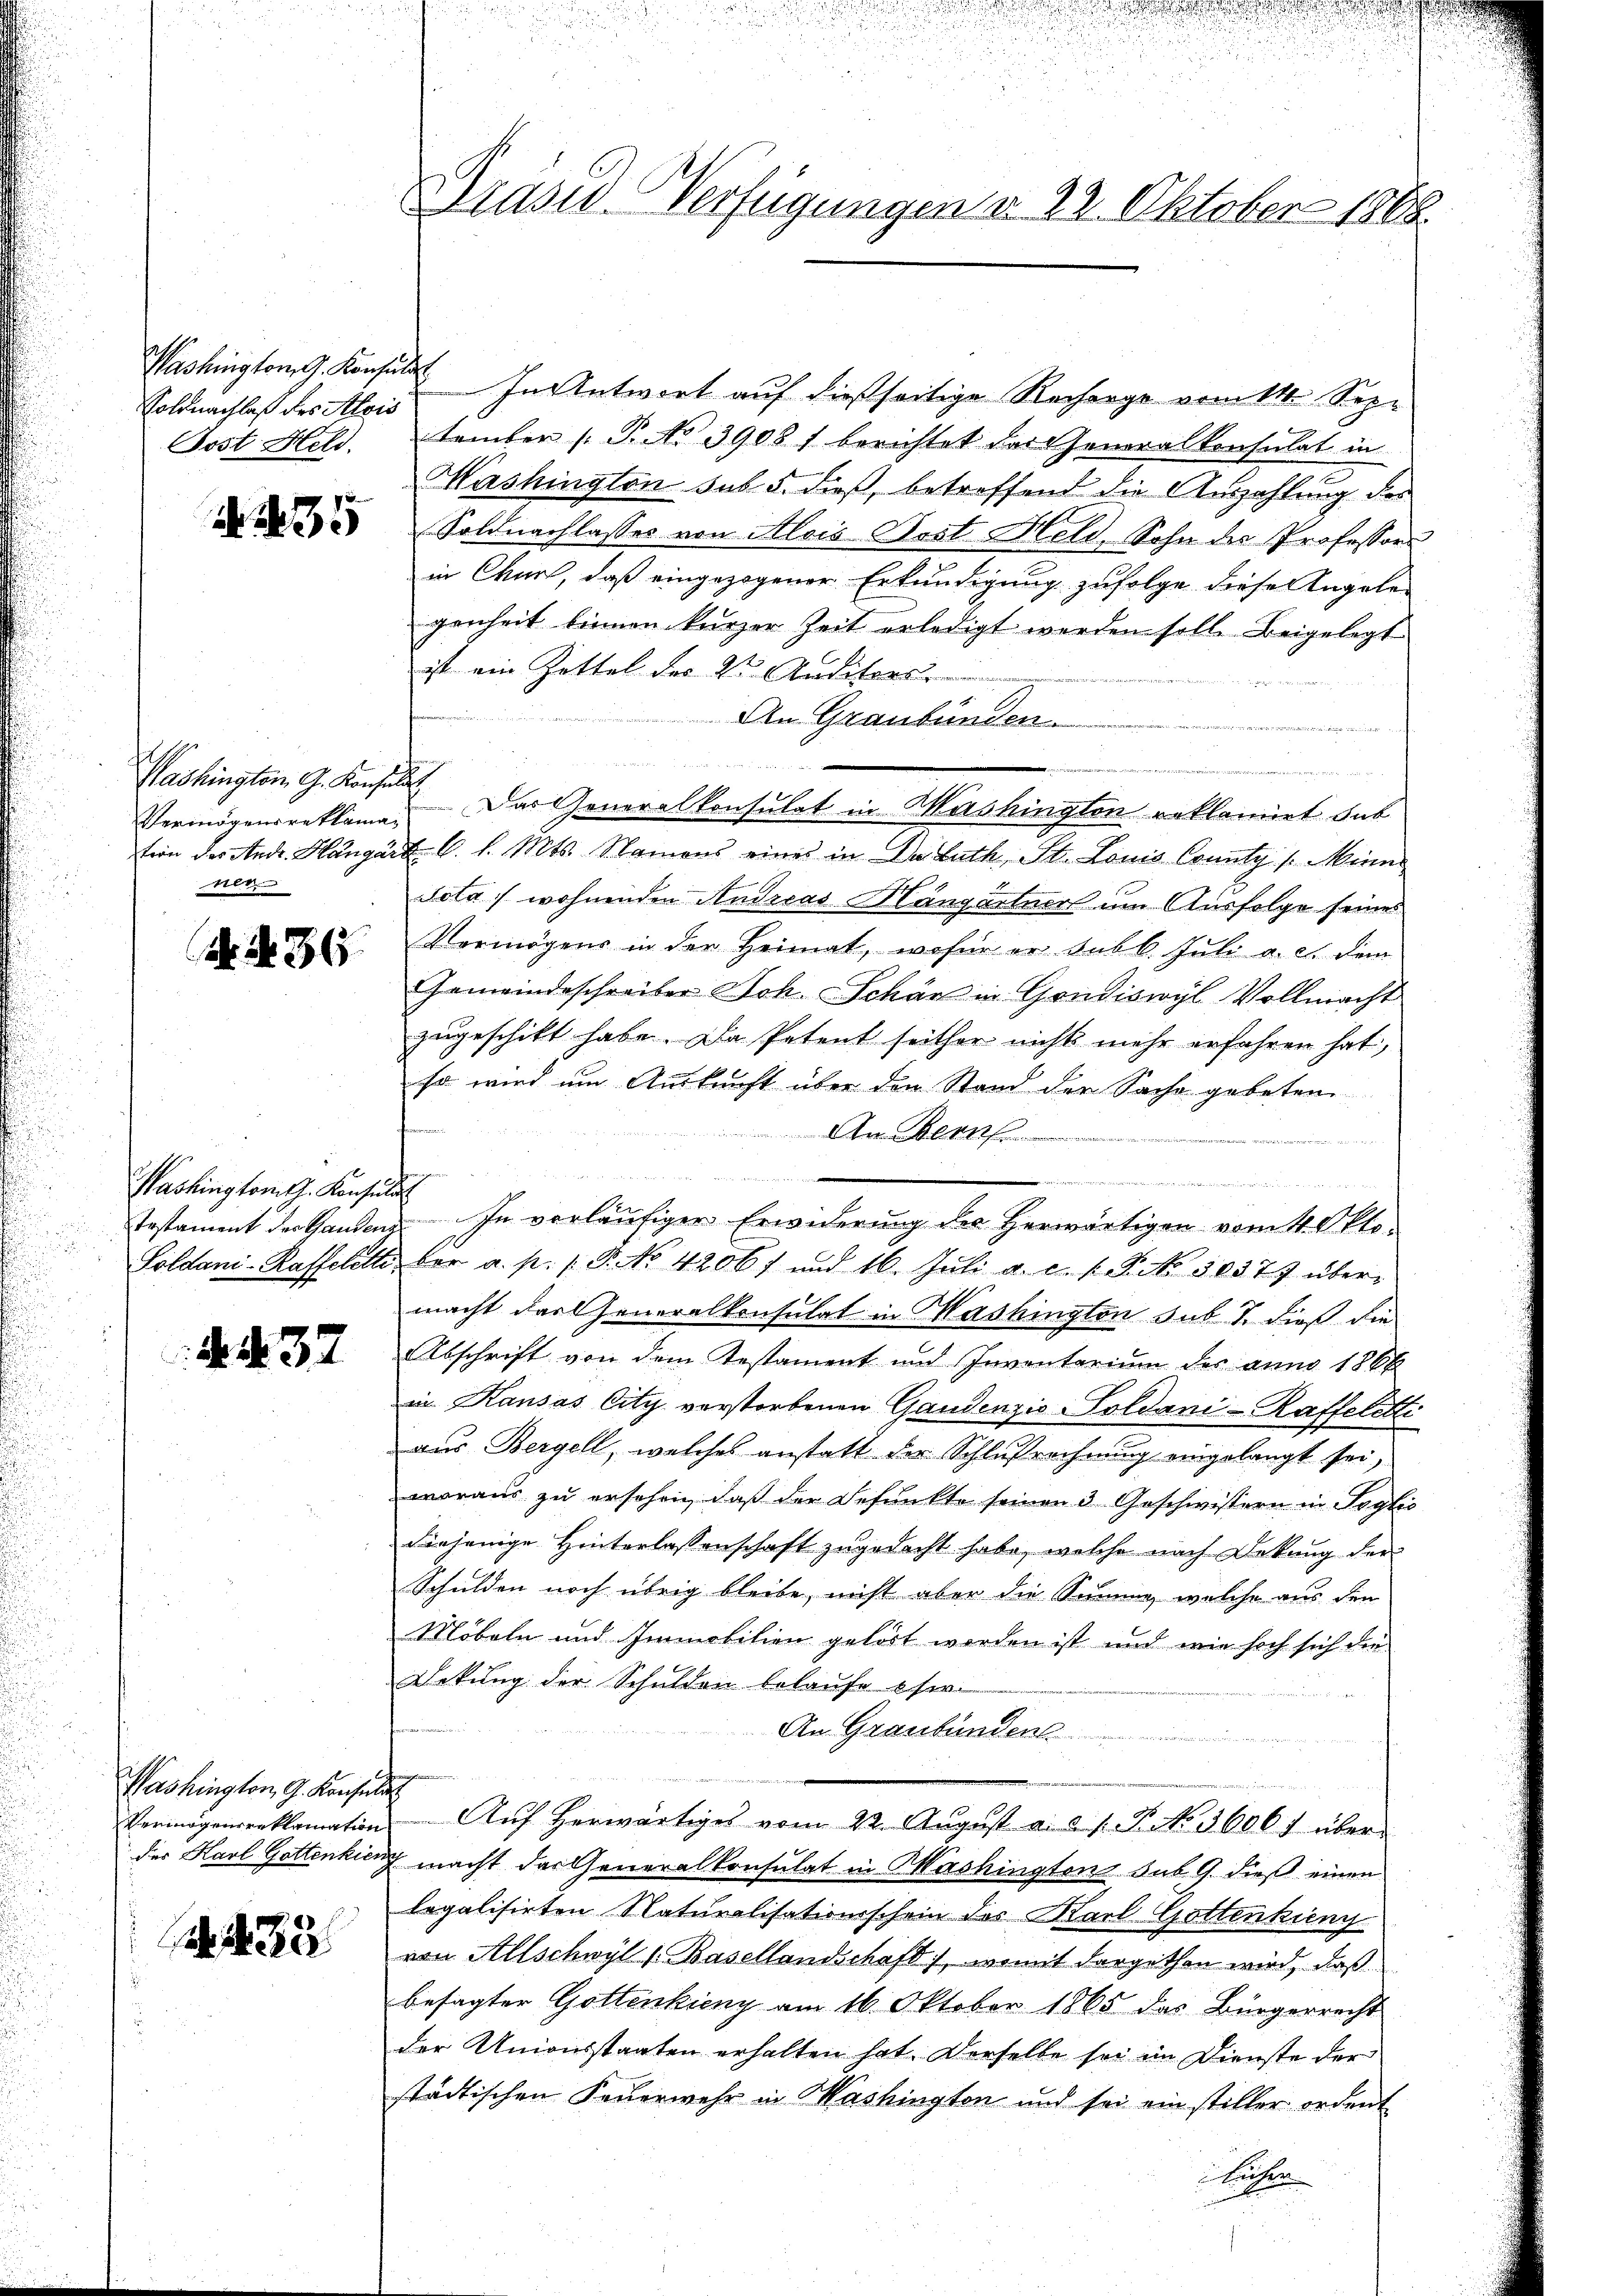
Soldnachlaß des Alois
Post Held.

35

Washington G. Konsulat,
Mit

N. N. 365.

Washing fort z. Konsula

N. N. 37

Washington, G. Konse

432

Washington G. Konsul In Antwort auf dießseitige Recharge vom 11. September (: P. No 3908 f berichtet das Generalkonsulat in
Mashington sub 5. dieß, betreffend die Auszahlung des
Soldnachlasses von Alois Post Held, Sohn des Professors
in Chur, daß eingezogener Erkundigung zufolge diese Tagele
genheit binnen kurzer Zeit erledigt werden soll. Beigelegt
ist ein Zettel des Dr. Auditors

An Graubünden
icht werde ich

Vermögensreklame. Das Generalkonsulat in Washington reklamirt das
tion des Andr. Hangart 6. d. Mts. Namens eines in Daluth, St. Louis County /: Minn
Sola wohnenden Andreas Hängartners um Ausfolge seines
Vermögens in der Heimat, wofür er subl. Juli a. et dem
Gemeindeschreiber Joh. Schön in Gondiswyl Vollmacht
zugeschikt habe. Da Petent seither nicht mehr erfahren hat,
so wird um Auskunft über die Stand der Sache gebeten
An Bern
e
a
Testament der Gandenz. In vorläufiger Erwiderung der Herwärtigen vom 4. Okto
Soldani-Kaffelette der a. p. 1 P. No 42067 und 16. Jŭli a.c. s. S. No. 30377 übermacht das Generalkonsulat in Mashington sub 7. dieß die
Abschrift von dem Testament und Inventarium des anno 1864
in Kausas City verstorbenen Gaudenzio-Goldani-Raffeletti
aus Bergell, welches anstatt der Schlußrechnung eingelangt sei,
woraus zu erschen, daß der Befunkte seinen 3 Geschwistern in Poglic
diejenige Hinterlassenschaft zugedacht habe, welche nach Dekung der
Schulden noch übrig bleibe, nicht aber die Summe, welche aus den
Möbeln und Immobilien gehört worden ist, und wie hoch sich die
Dekung der Schulden belaufe eser
An Graubünden
i
Vermögensreklamation Aŭf herwärtiges vom 22. Aŭgŭst a. d. 1. P. No. 3606. über
des Karl Gottenking macht das Generalkonsulat in Washington sub 9. dieß einen
legalisirten Naturalisationsschein des Karl Gottenking
von Allschwyl v. Basellandschaft, womit vorgethen wird, daß
besagter Gottenkung am 16. Oktober 1865 das Bürgerrecht
der Unionsstaaten erhalten hat. Derselbe sei im Dienste der
städtischen Feuerwehr in Washingten und sei ein stiller ordent
Wuchen

Drasis Verfügungen d. 22. Oktober 1888.

2